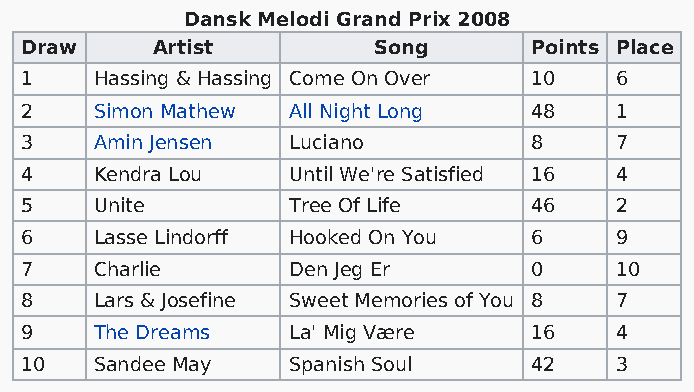
Dansk Melodi Grand Prix 2008
 Draw     Artist         Song      Points Place
 1    Hassing & Hassing Come On Over 10  6
 2    Simon Mathew All Night Long  48    1
 3    Amin Jensen  Luciano         8     7
 4    Kendra Lou   Until We're Satisfied 16 4
 5    Unite        Tree Of Life    46    2
 6    Lasse Lindorff Hooked On You 6     9
 7    Charlie      Den Jeg Er      0     10
 8    Lars & Josefine Sweet Memories of You 8 7
 9    The Dreams   La' Mig Være    16    4
 10   Sandee May   Spanish Soul    42    3